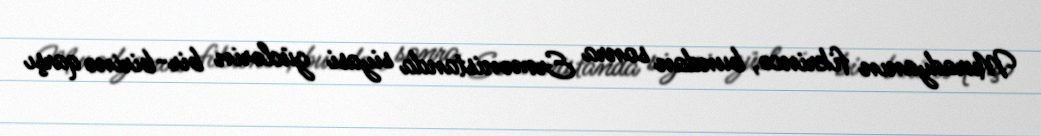
Muradyanın fikrincə, bundan sonra Ermənistanda siyasi güclərin bir-birinə qarşı